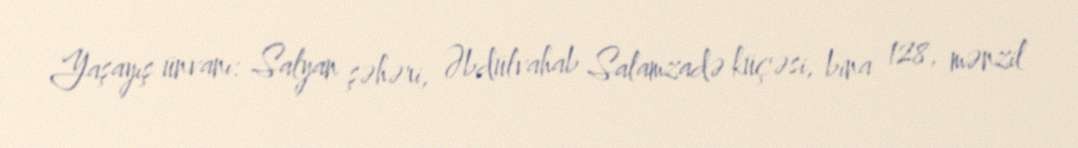
Yaşayış ünvanı: Salyan şəhəri, Əbdülvahab Salamzadə küçəsi, bina 128, mənzil